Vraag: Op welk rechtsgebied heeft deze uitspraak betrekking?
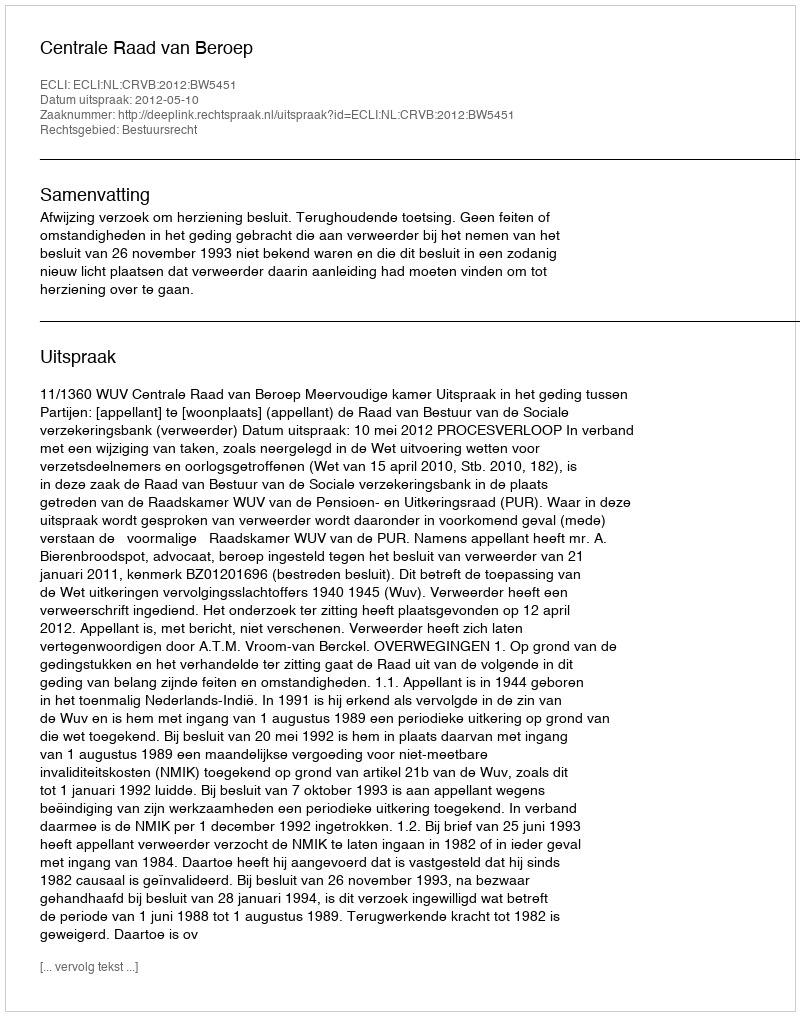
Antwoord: Bestuursrecht